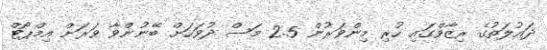
ދައުލަތުގެ ރިޒާވްގައި ހުރި މިންވަރުން 2.5 މަސް ދުވަހަށް ބޭނުންވާ ވަރަށް އިމްޕޯޓް